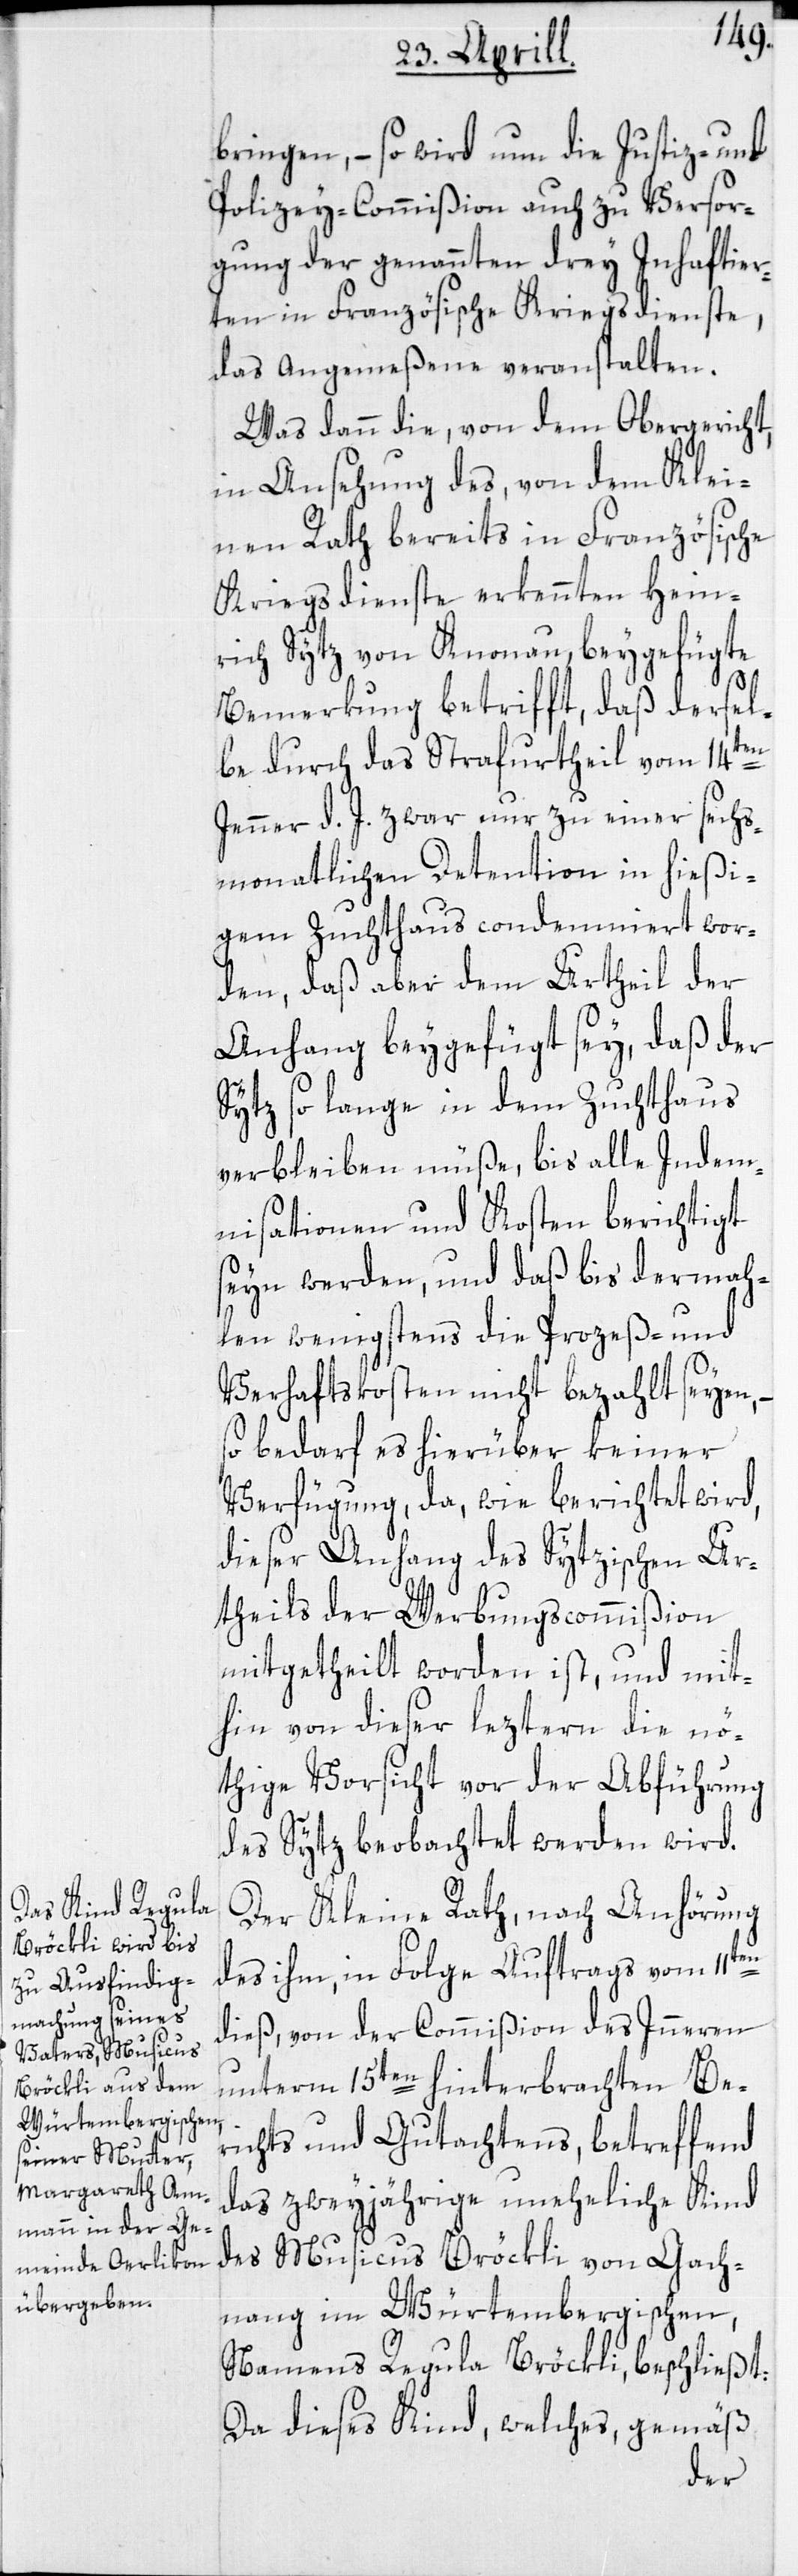
bringen, – so wird um die Justiz- und
Polizey-Commißion auch zu Versor¬
gung der genannten drey Inhaftier¬
ten in Französische Kriegsdienste,
das Angemeßene veranstalten.
Was dann die, von dem Obergericht,
in Ansehung des, von dem Klei¬
nen Rath bereits in Französische
Kriegsdienste erkennten Hein¬
rich Sytz von Knonau, beygefügte
Bemerkung betrifft, daß dersel¬
be durch das Strafurtheil vom 14ten
Jenner d. J. zwar nur zu einer sechs¬
monatlichen Detention in hießi¬
gem Zuchthaus condemniert wor¬
den, daß aber dem Urtheil der
Anhang beygefügt sey, daß der
Sytz so lange in dem Zuchthaus
verbleiben müße, bis alle Indem¬
nisationen und Kosten berichtigt
seyn werden, und daß bis dermah¬
len wenigstens die Prozeß- und
Verhaftskosten nicht bezahlt seyen,
so bedarf es hierüber keiner
Verfügung, da, wie berichtet wird,
dieser Anhang des Sytzischen Ur¬
theils der Werbungscommißion
mitgetheilt worden ist, und mit¬
hin von dieser leztern die nö¬
thige Vorsicht vor der Abführung
des Sytz beobachtet werden wird.
Der Kleine Rath, nach Anhörung
des ihm, in Folge Auftrags vom 11ten
dieß, von der Commißion des Innern
unterm 15ten hinterbrachten Be¬
richts und Gutachtens, betreffend
das zweyjährige uneheliche Kind
des Musicus Bröckli von Gach¬
nang im Würtembergischen,
Namens Regula Bröckli, beschließt:
Da dieses Kind, welches, gemäß